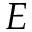
\boldsymbol { E }